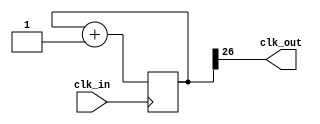
`timescale 1ns / 1ps
// 125 MHz input clock, need to divide to ~1Hz
// parameter controlled clock divider 

module clk_divide
    #(parameter n = 26) // was 26
    (
    output wire clk_out, 
    input wire clk_in
    );
    
    // determine how many bit needed to count for clock div ; do (126M) / (2^N) = 1
    reg [n:0] Count = 0; // count width init to zero
    // behavioral construct for clock
    always @ (posedge(clk_in)) // always block for a counter, triggered by rising edge of clk
        Count <= Count + 1 ; 
        
    assign clk_out = Count[n];
    
endmodule